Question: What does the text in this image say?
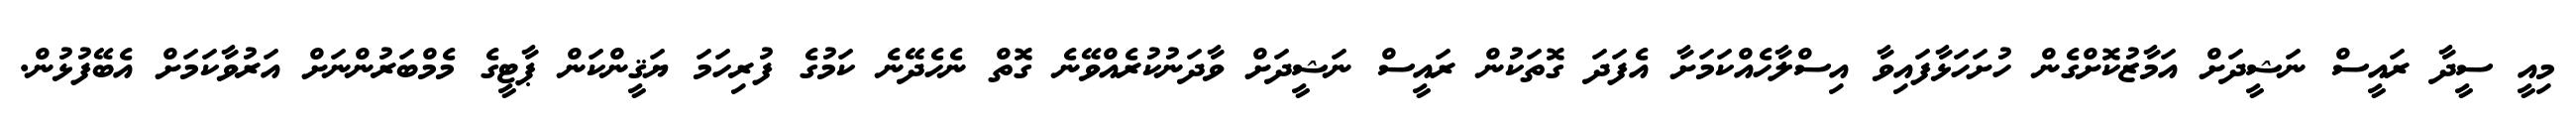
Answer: މިއީ ސީދާ ރައީސް ނަޝީދަށް އަމާޒުކޮށްގެން ހުށަހަޅާފައިވާ އިސްލާހެއްކަމަށާ އެފަދަ ގޮތަކުން ރައީސް ނަޝީދަށް ވާދަނުކުރެއްވޭނެ ގޮތް ނެހެދޭނެ ކަމުގެ ފުރިހަމަ ޔަޤީންކަން ޕާޓީގެ މެމްބަރުންނަށް އަރުވާކަމަށް އެބޭފުޅުން.